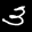
Label: 3